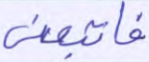
فاتبعني